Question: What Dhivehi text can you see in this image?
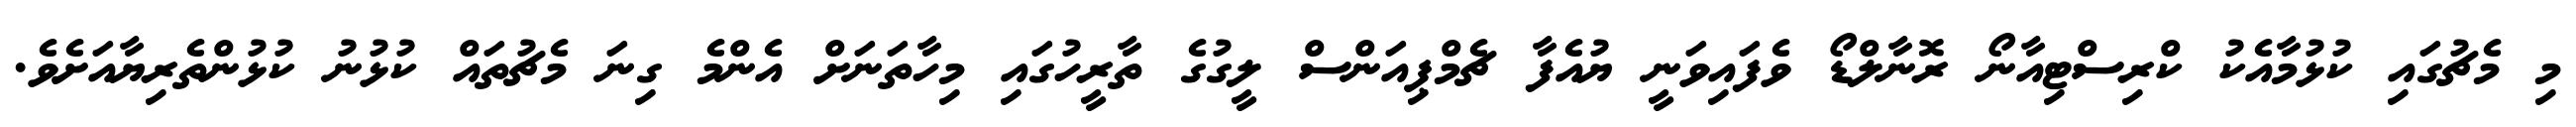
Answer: މި މެޗުގައި ކުޅުމާއެކު ކްރިސްޓިއާނޯ ރޮނާލްޑޯ ވެފައިވަނީ ޔުއެފާ ޗެމްޕިއަންސް ލީގުގެ ތާރީހުގައި މިހާތަނަށް އެންމެ ގިނަ މެޗުތައް ކުޅުނު ކުޅުންތެރިޔާއަށެވެ.